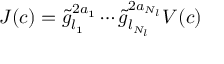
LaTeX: J ( c ) = \tilde { g } _ { l _ { 1 } } ^ { 2 a _ { 1 } } \cdots \tilde { g } _ { l _ { N _ { l } } } ^ { 2 a _ { N _ { l } } } V ( c )